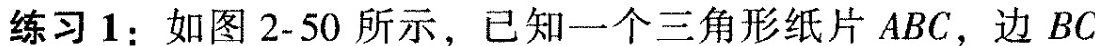
练习1：如图2-50所示，已知一个三角形纸片ABC，边BC